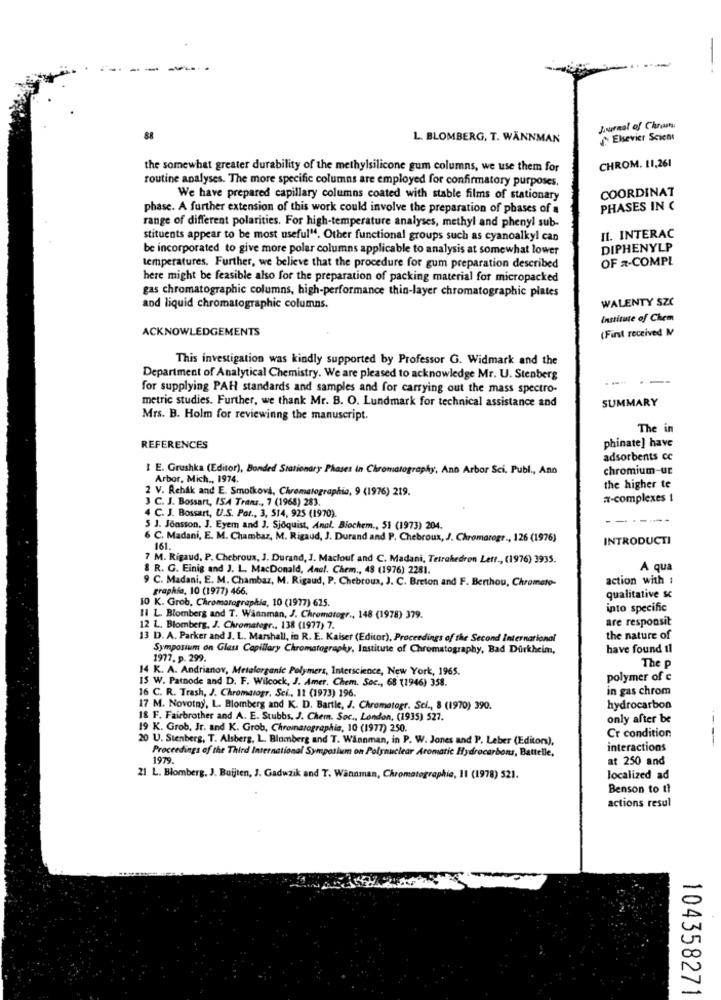
-
Journal of Chroma
88
L. BLOMBERG, T. WANNMAN
Elsevier Scient
the somewhat greater durability of the methylsilicone gum columns, we use them for
CHROM. 11,261
routine analyses. The more specific columns are employed for confirmatory purposes.
COORDINAT
We have prepared capillary columns coated with stable films of stationary
phase. A further extension of this work could involve the preparation of phases of a
PHASES IN C
range of different polarities. For high-temperature analyses, methyl and phenyl sub-
stituents appear to be most useful". Other functional groups such as cyanoalkyl can
II. INTERAC
be incorporated to give more polar columns applicable to analysis at somewhat lower
DIPHENYLP
OF x-COMPL
temperatures. Further, we believe that the procedure for gum preparation described
here might be feasible also for the preparation of packing material for micropacked
gas chromatographic columns, high-performance thin-layer chromatographic plates
WALENTY SZC
and liquid chromatographic columns.
Institute of Chem
ACKNOWLEDGEMENTS
(First received M
This investigation was kindly supported by Professor G. Widmark and the
Department of Analytical Chemistry. We are pleased to acknowledge Mr. U. Stenberg
--- ---
for supplying PAH standards and samples and for carrying out the mass spectro-
metric studies. Further, we thank Mr. B. O. Lundmark for technical assistance and
SUMMARY
Mrs. B. Holm for reviewinng the manuscript.
The in
phinate] have
REFERENCES
adsorbents cc
I E. Grushka (Editor), Bonded Stationary Phases in Chromatography, Ann Arbor Sci. Publ ., Ano
chromium-ur
Arbor, Mich ., 1974.
2 V. Rehák and E. Smolková, Chromatographie, 9 (1976) 219.
the higher te
3 C. J. Bossart, ISA Trans ., 7 (1968) 283.
x-complexes 1
4 C. J. Bossart, U.S. Par ., 3, 514, 925 (1970).
S J. Jonsson, J. Eyem and J. Sjoquist, Anal. Biochem ., 51 (1973) 204.
6 C. Madani, E. M. Chambar, M. Rigaud, J. Durand and P. Chebroux, J. Chromarogr ., 126 (1976)
INTRODUCTI
161.
7 M. Rigaud, P. Chebroux, J. Durand, J. Maclouf and C. Madani, Tetrahedron Lett ., (1976) 3935.
8 R. G. Einig and J. L. MacDonald, Anal. Chem ., 48 (1976) 2281.
A qua
9 C. Madani, E. M. Chambaz, M. Rigaud, P. Chebroux, J. C. Breton and F. Berthou, Chromato-
action with :
graphie, 10 (1977) 466.
10 K. Grob, Chromatographie, 10 (1977) 625.
qualitative sc
into specific
11 L. Blomberg and T. Wannman, J. Chromatogr ., 148 (1978) 379.
are responsit
12 L. Blomberg, J. Chromatogr ., 138 (1977) 7.
13 D. A. Parker and J. L. Marshall, in R. E. Kaiser (Editor), Proceedings of the Second International
the nature of
Symposium on Glass Capillary Chromatography, Institute of Chromatography, Bad Dürkheim,
have found tl
1977. p. 299.
14 K. A. Andrianov, Metalorganic Polymers, Interscience, New York, 1965.
The p
15 W. Patnode and D. F. Wilcock, J. Amer. Chem. Soc ., 68 (1946) 358.
polymer of c
16 C. R. Trash, J. Chromasogr. Sci ., 11 (1973) 196.
in gas chrom
17 M. Novotný, L. Blomberg and K. D. Bartle, J. Chromatogr. Sci ., 8 (1970) 390.
hydrocarbon
18 F. Fairbrother and A. E. Stubbs. J. Chem. Soc ., London, (1935) 527.
only after be
19 K. Grob, Jr. and K. Grob, Chromatographie, 10 (1977) 250.
20 U. Stenberg, T. Alsberg, L. Blomberg and T. Wännman, in P. W. Jones and P. Leber (Editors),
Cr condition
-
Proceedings of the Third International Symposium on Polynuclear Aromatic Hydrocarbons, Battelle,
interactions
1979.
at 250 and
21 L. Blomberg, J. Bujjten, J. Gadwzik and T. Wannman, Chromatographie, 11 (1978) 521.
localized ad
Benson to th
actions resul
104358271